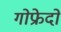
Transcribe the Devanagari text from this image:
गोफ्रेदो